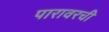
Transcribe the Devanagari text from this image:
पारावरची